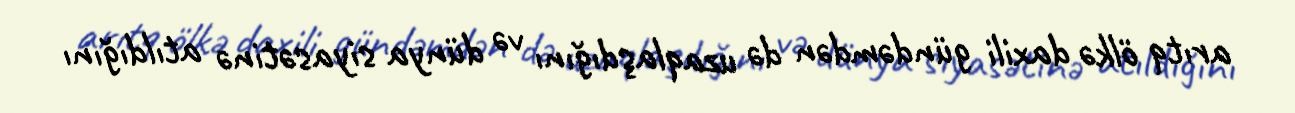
arıtq ölkə daxili gündəmdən də uzaqlaşdığını və dünya siyasətinə atıldığını